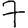
Digit: 7